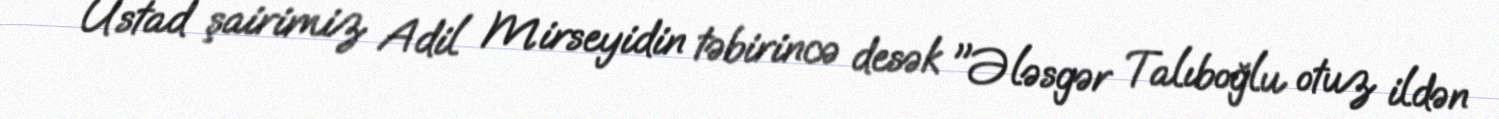
Ustad şairimiz Adil Mirseyidin təbirincə desək "Ələsgər Talıboğlu otuz ildən